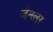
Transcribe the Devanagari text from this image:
जेन्स्लर